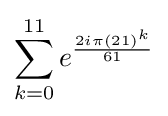
\sum _{k=0}^{11}e^{\frac {2i\pi (21)^{k}}{61}}